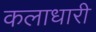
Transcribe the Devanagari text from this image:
कलाधारी